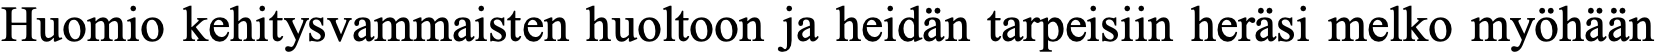
Huomio kehitysvammaisten huoltoon ja heidän tarpeisiin heräsi melko myöhään